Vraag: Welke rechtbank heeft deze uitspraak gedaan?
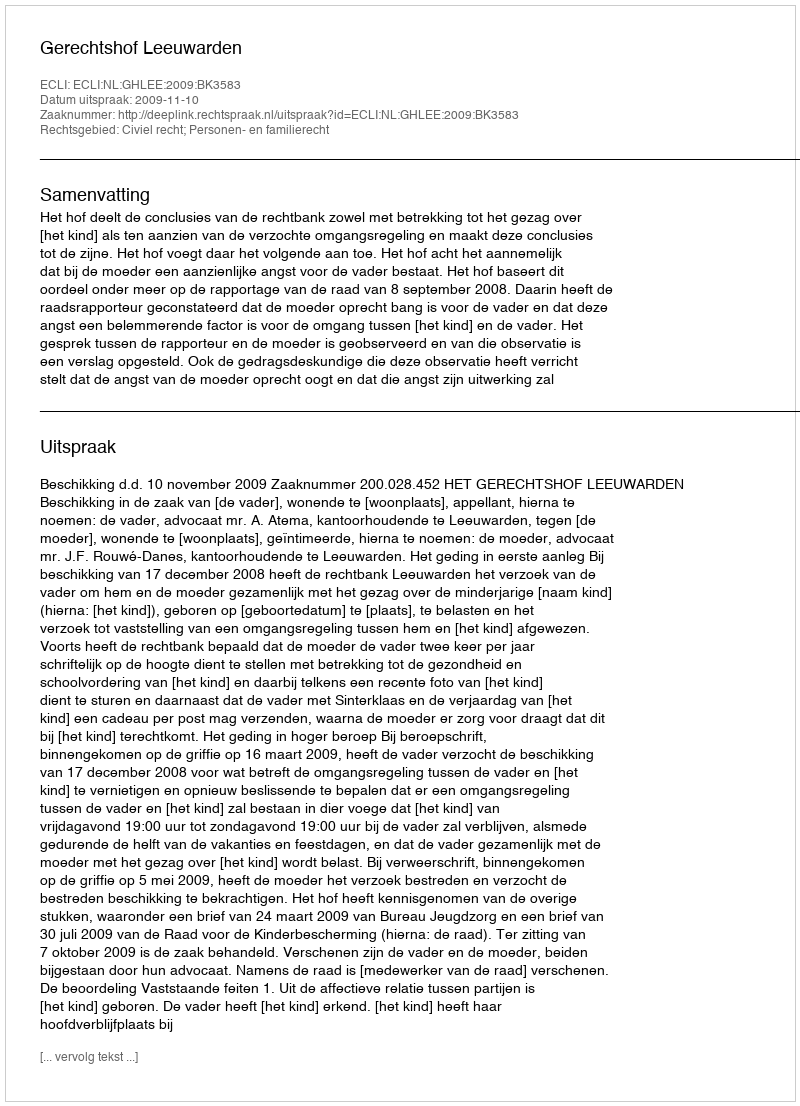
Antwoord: Gerechtshof Leeuwarden